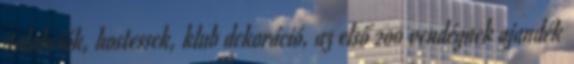
italakciók, hostessek, klub dekoráció, az első 200 vendégnek ajandék